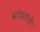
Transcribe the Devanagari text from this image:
भांड्याची